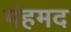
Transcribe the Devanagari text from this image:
मंहमद